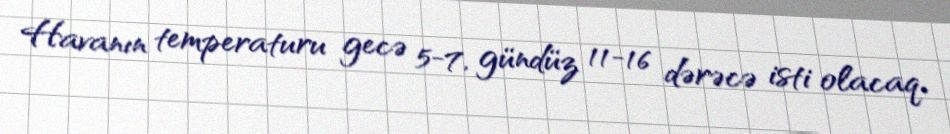
Havanın temperaturu gecə 5-7, gündüz 11-16 dərəcə isti olacaq.